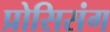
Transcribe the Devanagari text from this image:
प्रोसिसंग